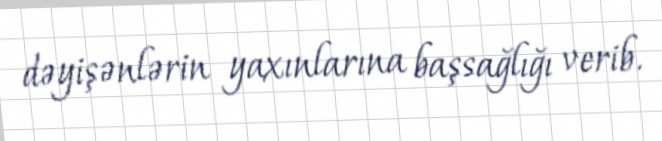
dəyişənlərin yaxınlarına başsağlığı verib.